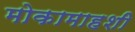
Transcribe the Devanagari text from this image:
मोकामाहशी